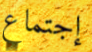
إجتماع